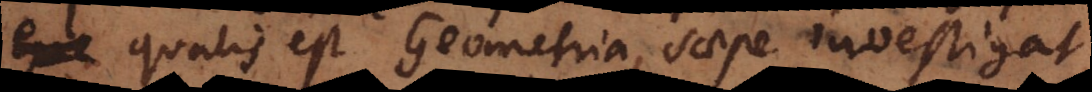
, qualis est Geometria, saepe investigat